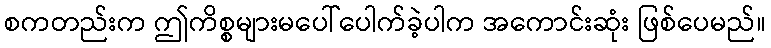
စကတည်းက ဤကိစ္စများမပေါ်ပေါက်ခဲ့ပါက အကောင်းဆုံး ဖြစ်ပေမည်။